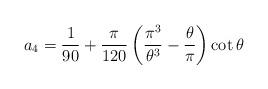
LaTeX: \begin{align*}a_{4}=\frac{1}{90}+\frac{\pi}{120}\left(\frac{\pi^{3}}{\theta^{3}}-\frac{\theta}{\pi}\right)\cot\theta\end{align*}